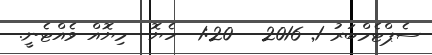
ސެޕްޓެމްބަރު 1